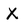
Character: X